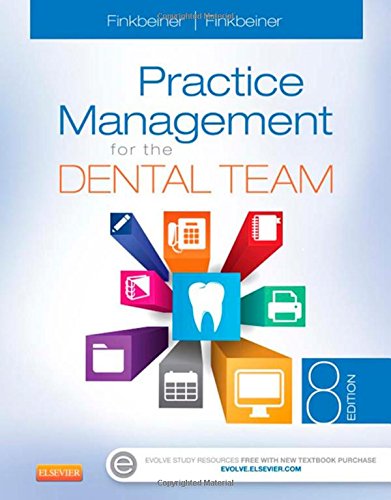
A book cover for Practice Management for the Dental Team, 8e; Betty Ladley Finkbeiner CDA Emeritus  RDA  BS  MS; Medical Books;